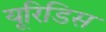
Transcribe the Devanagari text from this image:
यूरिडिस